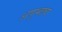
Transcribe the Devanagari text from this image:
अणुभट्या